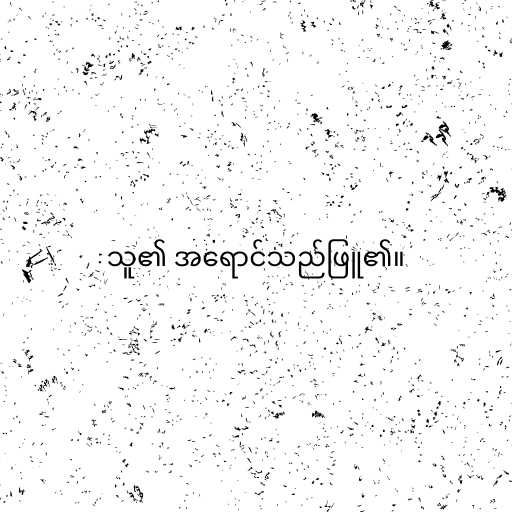
သူ၏ အရောင်သည်ဖြူ၏။